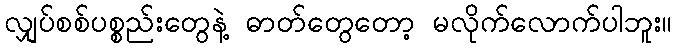
လျှပ်စစ်ပစ္စည်းတွေနဲ့ ဓာတ်တွေတော့ မလိုက်လောက်ပါဘူး။